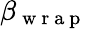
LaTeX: \beta_{\mathrm{~w~r~a~p~}}